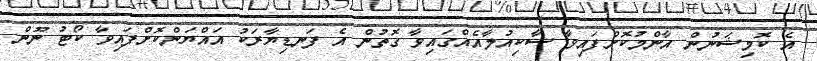
އެ ކޮމިޝަނުން އާންމުކޮށްފައިވާ ސާކިއުލާއެއްގައިވާ ގޮތުން އެ ފަނޑިޔާރަކު އައްޔަންކޮށްފައިވާ ކޯޓު ނޫން